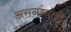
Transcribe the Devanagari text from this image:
असनांनाही